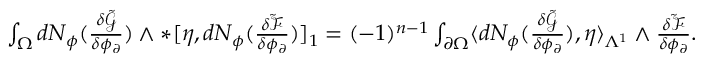
\begin{array} { r } { \int _ { \Omega } d N _ { \phi } ( \frac { \delta \tilde { \mathcal { G } } } { \delta \phi _ { \partial } } ) \wedge \ast [ \eta , d N _ { \phi } ( \frac { \delta \tilde { \mathcal { F } } } { \delta \phi _ { \partial } } ) ] _ { 1 } = ( - 1 ) ^ { n - 1 } \int _ { \partial \Omega } \langle d N _ { \phi } ( \frac { \delta \tilde { \mathcal { G } } } { \delta \phi _ { \partial } } ) , \eta \rangle _ { \Lambda ^ { 1 } } \wedge \frac { \delta \tilde { \mathcal { F } } } { \delta \phi _ { \partial } } . } \end{array}